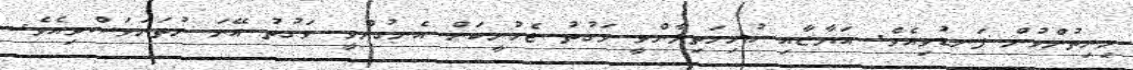
ހިނިތުންވުން ފަނޑުވިއެވެ. އަޔާޒާއި ކުރިމަތިލާންވީ ވަގުތު ޖެހުނީކަން އެނގުންވީ ވަގުތު އޭނަ ނުތަނަވަސްވިއެވެ.